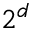
2 ^ { d }